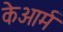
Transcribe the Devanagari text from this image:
केआर्म